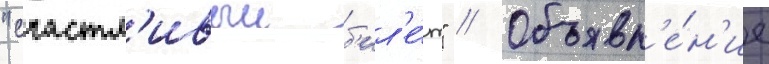
"счастл'ивыи б'ил'е́т" // Объявл'е́н'ие